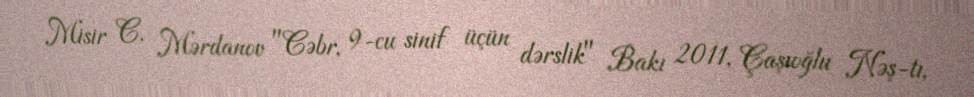
Misir C. Mərdanov "Cəbr, 9-cu sinif üçün dərslik" Bakı 2011, Çaşıoğlu Nəş-tı,